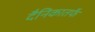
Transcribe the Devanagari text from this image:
दैनिकातर्फे